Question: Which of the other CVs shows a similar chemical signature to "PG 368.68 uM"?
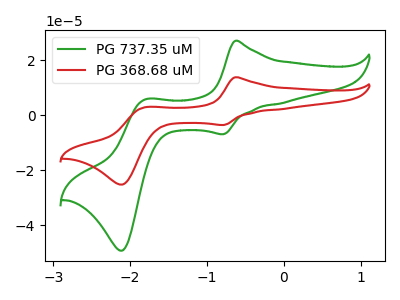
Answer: <think>The green curve "PG 737.35 uM" has anodic peaks at (-0.65V, 27.10uA) (-1.80V, 5.85uA) and cathodic peaks at (-0.80V, -6.85uA) (-2.10V, -49.15uA). The red curve "PG 368.68 uM" has anodic peaks at (-0.65V, 13.85uA) (-1.80V, 3.00uA) and cathodic peaks at (-0.80V, -3.50uA) (-2.10V, -25.15uA).
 All the peaks in "PG 737.35 uM" have a peak in "PG 368.68 uM" at the same potential. Every peak in "PG 737.35 uM" is higher than every peak in "PG 368.68 uM".</think>
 <answer>The CV with the most similar shape to "PG 737.35 uM" is "PG 368.68 uM".</answer>
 <eval>"PG 368.68 uM"</eval>